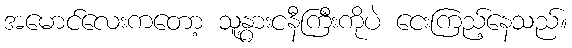
အမောင်လေးကတော့ သူ့နွားငနီကြီးကိုပဲ ငေးကြည့်နေသည်။